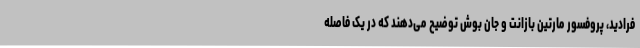
فرادید، پروفسور مارتین بازانت و جان بوش توضیح می‌دهند که در یک فاصله